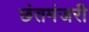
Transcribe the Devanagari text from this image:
छंतमंजरी